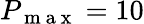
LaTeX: P_{\mathrm{~m~a~x~}}=10